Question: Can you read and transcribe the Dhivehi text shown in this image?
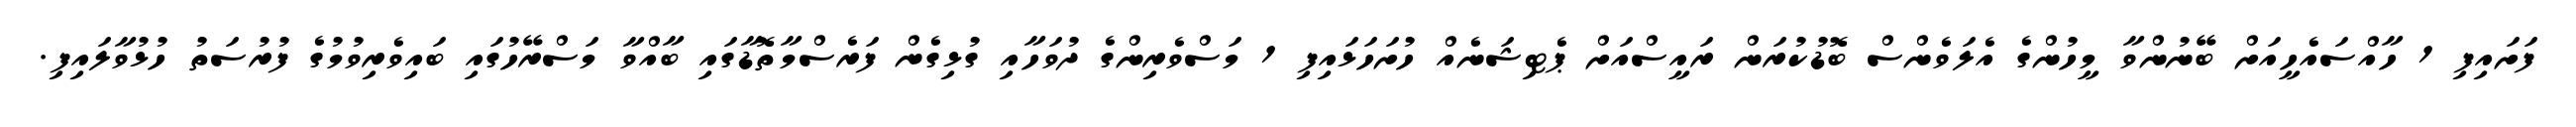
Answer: ފަށައިފި 1 ހާއްސައެހީއަށް ބޭނުންވާ މީހުންގެ އެލަވެންސް ބޮޑުކުރަން ރައީސްއަށް ޕެޓިޝަނެއް ހުށަހަޅައިފި 1 މަސްވެރިންގެ ދުވަހާއި ގުޅިގެން ފަރެސްމާތޮޑާގައި ބާއްވާ މަސްރޭހުގައި ބައިވެރިވުމުގެ ފުރުސަތު ހުޅުވާލައިފި.